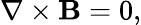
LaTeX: \nabla\times\mathbf{B}=0,